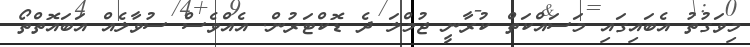
މިވަގުތު އެބައިގައި މަސައްކަތް ކުރާނީ ޖުމްލަ ދެ ޑޮކްޓަރުން. އެއްވެސް ސުވާލެއް އަބައޮތްތޯ